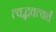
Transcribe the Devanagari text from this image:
त्वद्भक्त्यर्थं